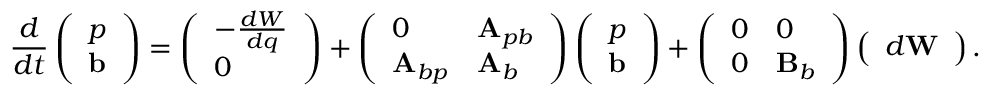
\frac { d } { d t } \left( \begin{array} { l } { p } \\ { \mathbf { b } } \end{array} \right) = \left( \begin{array} { l } { - \frac { d W } { d q } } \\ { 0 } \end{array} \right) + \left( \begin{array} { l l } { 0 } & { \mathbf { A } _ { p b } } \\ { \mathbf { A } _ { b p } } & { \mathbf { A } _ { b } } \end{array} \right) \left( \begin{array} { l } { p } \\ { \mathbf { b } } \end{array} \right) + \left( \begin{array} { l l } { 0 } & { 0 } \\ { 0 } & { \mathbf { B } _ { b } } \end{array} \right) \left( \begin{array} { l } { d \mathbf { W } } \end{array} \right) .